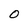
Character: 0